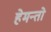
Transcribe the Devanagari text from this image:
हेमन्तो